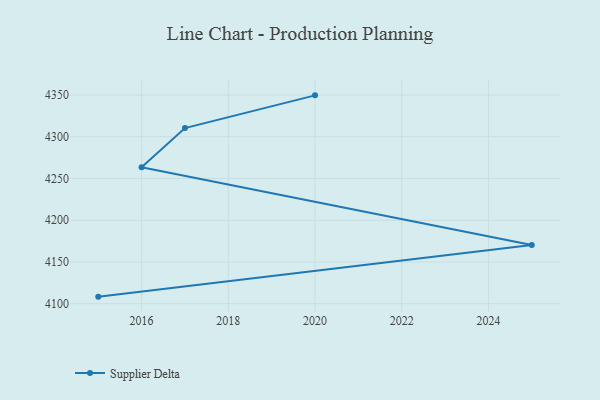
{"axis": {"x": "Year", "y": "Shipments"}, "legend": ["Supplier Delta"], "data": [{"x": "2020", "y": 4349.6, "type": "Supplier Delta"}, {"x": "2017", "y": 4310.4, "type": "Supplier Delta"}, {"x": "2016", "y": 4263.6, "type": "Supplier Delta"}, {"x": "2025", "y": 4170.3, "type": "Supplier Delta"}, {"x": "2015", "y": 4108.5, "type": "Supplier Delta"}]}